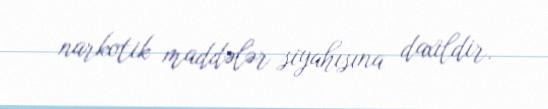
narkotik maddələr siyahısına daxildir.